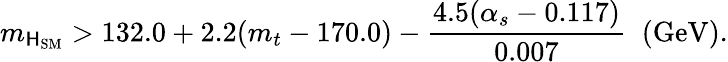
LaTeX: m_{\mathsf{H}_{\mathrm{{SM}}}}>132.0+2.2(m_{t}-170.0)-{\frac{{4.5(\alpha_{s}-0.117)}}{{0.007}}}\; \; (\mathrm{{GeV}}).